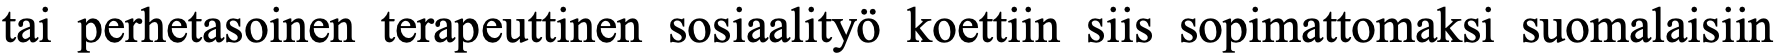
tai perhetasoinen terapeuttinen sosiaalityö koettiin siis sopimattomaksi suomalaisiin